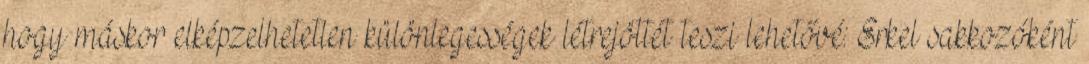
hogy máskor elképzelhetetlen különlegességek létrejöttét teszi lehetővé: Erkel sakkozóként